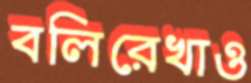
বলিরেখাও